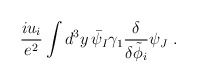
\begin{align*}\frac{i u_i}{e^2} \int d^3 y\, \bar\psi_{I} \gamma_1 \frac{\delta }{\delta \tilde\phi_i} \psi_{J}\ . \end{align*}